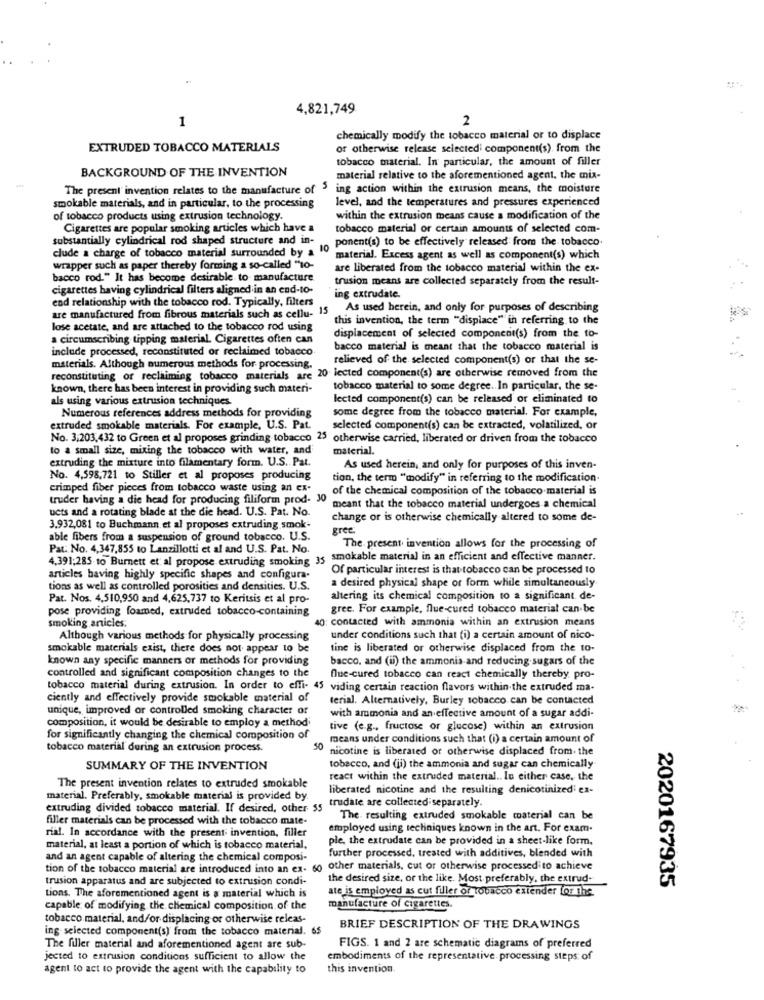
.
4,821,749
1
2
chemically modify the tobacco material or to displace
EXTRUDED TOBACCO MATERIALS
or otherwise release selected component(s) from the
tobacco material. In particular, the amount of filler
BACKGROUND OF THE INVENTION
material relative to the aforementioned agent, the mix-
The present invention relates to the manufacture of > ing action within the extrusion means, the moisture
smokable materials, and in particular, to the processing
level, and the temperatures and pressures experienced
of tobacco products using extrusion technology.
within the extrusion means cause a modification of the
Cigarettes are popular smoking articles which have a
tobacco material or certain amounts of selected com-
substantially cylindrical rod shaped structure and in-
ponent(s) to be effectively released from the tobacco
clude a charge of tobacco material surrounded by a 10
material. Excess agent as well as component(s) which
wrapper such as paper thereby forming a so-called "10-
are liberated from the tobacco material within the ex-
bacco rod." It has become desirable to manufacture
trusion means are collected separately from the result-
cigarettes having cylindrical filters aligned in an end-to-
end relationship with the tobacco rod. Typically, filters
ing extrudate.
As used herein, and only for purposes of describing
are manufactured from fibrous materials such as cellu- 15
this invention, the term "displace" in referring to the
lose acetate, and are attached to the tobacco rod using
a circumscribing tipping material. Cigarettes often can
displacement of selected component(s) from the to-
include processed, reconstituted or reclaimed tobacco
bacco material is meant that the tobacco material is
. 1
relieved of the selected component(s) or that the se-
materials. Although numerous methods for processing.
reconstituting or reclaiming tobacco materials are 20 lected component(s) are otherwise removed from the
known, there has been interest in providing such materi-
tobacco material to some degree. In particular, the se-
als using various extrusion techniques.
lected component(s) can be released or eliminated to
Numerous references address methods for providing
some degree from the tobacco material. For example,
extruded smokable materials. For example, U.S. Pat.
selected component(s) can be extracted, volatilized, or
No. 3,203,432 to Green et al proposes grinding tobacco 25 otherwise carried, liberated or driven from the tobacco
to a small size, mixing the tobacco with water, and
material.
extruding the mixture into filamentary form. U.S. Pat.
As used herein, and only for purposes of this inven-
No. 4,598,721 to Stiller et al proposes producing
tion, the term "modify" in referring to the modification-
crimped fiber pieces from tobacco waste using an ex-
of the chemical composition of the tobacco material is
truder having a die head for producing filiform prod- 30
ucts and a rotating blade at the die head. U.S. Pat. No.
meant that the tobacco material undergoes a chemical
change or is otherwise chemically altered to some de-
3,932,081 to Buchmann et al proposes extruding smok-
gree.
able fibers from a suspension of ground tobacco. U.S.
Pat: No. 4.347,855 to Lanzillotti et al and U.S. Pat. No.
The present invention allows for the processing of
4.391;285 to Burnett et al propose extruding smoking 35
smokable material in an efficient and effective manner.
Of particular interest is that tobacco can be processed to
articles having highly specific shapes and configura-
a desired physical shape or form while simultaneously
tions as well as controlled porosities and densities. U.S.
Pat. Nos. 4,510,950 and 4,625,737 to Keritsis et al pro-
altering its chemical composition to a significant de-
pose providing foamed, extruded tobacco-containing
gree. For example, flue-cured tobacco material can be
40: contacted with ammonia within an extrusion means
smoking articles.
Although various methods for physically processing
under conditions such that (i) a certain amount of nico-
smokable materials exist, there does not appear to be
tine is liberated or otherwise displaced from the to-
known any specific manners or methods for providing
bacco, and (ii) the ammonia and reducing sugars of the
controlled and significant composition changes to the
flue-cured tobacco can react chemically thereby pro-
tobacco material during extrusion. In order to effi- 45 viding certain reaction flavors within the extruded ma-
ciently and effectively provide smokable material of
terial. Alternatively, Burley tobacco can be contacted
unique, improved or controlled smoking character or
composition, it would be desirable to employ a method
with armonia and an effective amount of a sugar addi-
tive (e.g ., fructose or glucose) within an extrusion
for significantly changing the chemical composition of
means under conditions such that (i) a certain amount of
tobacco material during an extrusion process.
50
nicotine is liberated or otherwise displaced from. the
SUMMARY OF THE INVENTION
tobacco, and (ji) the ammonia and sugar can chemically
react within the extruded material .. In either case, the
The present invention relates to extruded smokable
liberated nicotine and the resulting denicotinized ex-
material. Preferably, smokable material is provided by.
trudate are collected separately
extruding divided tobacco material. If desired, other 55
filler materials can be processed with the tobacco mate-
The resulting extruded smokable material can be
rial. In accordance with the present invention, filler
employed using techniques known in the art. For exam.
ple, the extrudate can be provided in a sheet-like form.
material, at least a portion of which is tobacco material,
and an agent capable of altering the chemical composi-
further processed, treated with additives, blended with
tion of the tobacco material are introduced into an ex-
60
other materials, cut or otherwise processedito achieve
trusion apparatus and are subjected to extrusion condi-
the desired size, or the like. Most, preferably, the extrud-
2020167935
ate is employed as cut filler or tobacco extender for this.
tions. The aforementioned agent is a material which is
capable of modifying the chemical composition of the
manufacture of Cigarettes.
tobacco material, and/or displacing or otherwise releas-
ing selected component(s) from the tobacco material. 65
BRIEF DESCRIPTION OF THE DRAWINGS
The filler material and aforementioned agent are sub-
FIGS. 1 and 2 are schematic diagrams of preferred
jected to extrusion conditions sufficient to allow the
embodiments of the representative. processing steps of
agent to act to provide the agent with the capability to
this invention.